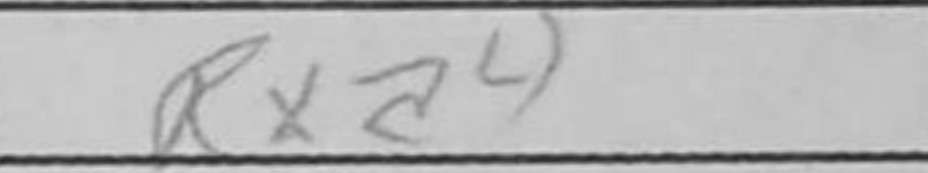
Transcription: Rxa4